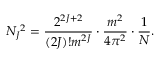
N _ { J } { } ^ { 2 } = \frac { 2 ^ { 2 J + 2 } } { ( 2 J ) ! m ^ { 2 J } } \cdot \frac { m ^ { 2 } } { 4 \pi ^ { 2 } } \cdot \frac { 1 } { N } .